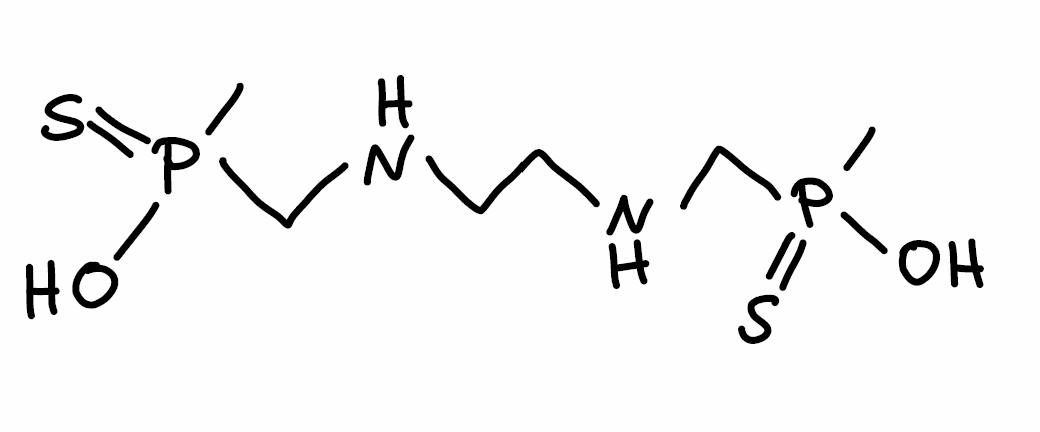
Simplified molecular-input line-entry system (SMILES) notation of the given molecule:
CP(=S)(CNCCNCP(=S)(C)O)O